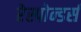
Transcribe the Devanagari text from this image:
रेस्पोन्डर्स